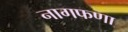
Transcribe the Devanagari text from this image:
नागफणा